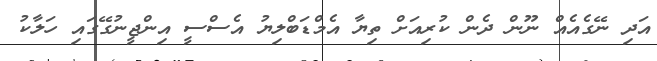
އަދި ނޭގެއެއް ނޫން ދެން ކުރިއަށް ތިޔާ އެމްޑަބްލިޔު އެސްސީ އިންޖީނުގޭގައި ހަލާކު